Scottish Leaving Certificate Examination, 1960
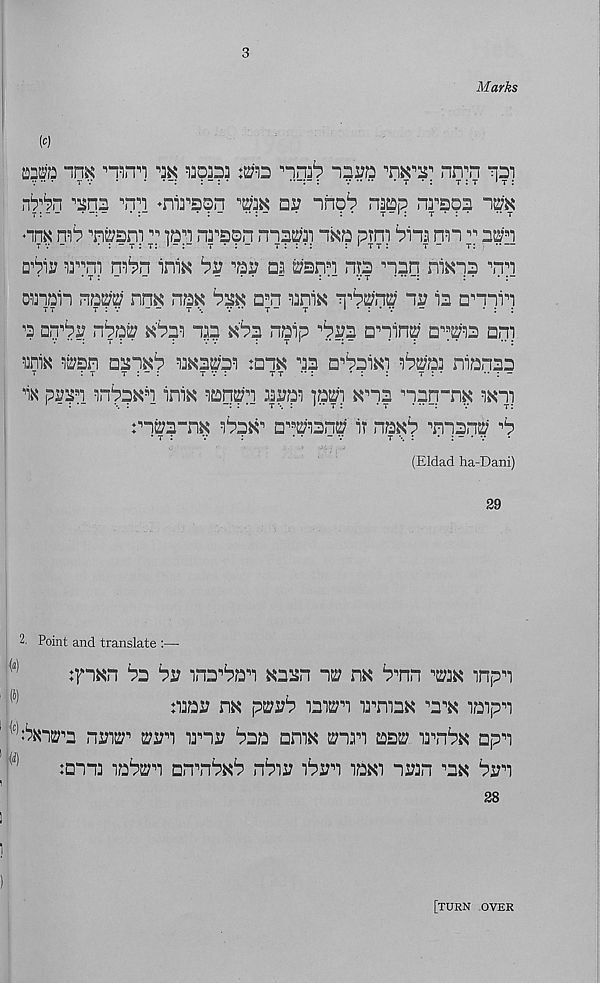
3
Marks
W
m im
^ 13032] iB hn3^ -nro
nn^n ^oi
n^n
♦ni3 i a?n ^5^ 02 “inp^ naop nrapa im
•inx
warn ^ pn n3 , aon moP3i nxa prm bina nn ^ zm
D^ir i3#ii nibn ini^ by pi? aa rann no non niKnp pn
0131011 r\m nm nax b^K D B n lani^ n B b™ ny io □"min
TT
T : V
T \
V *• T“
T
* * 3 * V
“
• 3 3
p oq"by nbpp ^'bpi nap ^'bp nap "byp □"ninp □" s pi3 oni
uniK io;sn aajn^b i3K2o;ai :an« np a"baiKi ib^aa nianaa
T
3 T
T 3 “ 3
T V 3
T T *• 3
* 3 3
T 3 ‘
" 3 -
ns pypn inbpKb ini^ laqpn aaypi pp) Kpa ppn-n3s wni
:"npp”n^ ibp^" a"pian^ it naxb pnpnp "b
(Eldad ha-Dani)
29
2. Point and translate :—
:pxn bp by inp"ban Kpasn no;
bmn "o;3K mpn
:iaay nx ptyyb iaio;"i ia"mpK b p"k aaipn
(c) bxip"p nyip" syyn i3"ny baa aniN man aasy i3",nbj< apn
:onn3 iabo;n aninbab nbiy ibyn iaKi nyan ox byn
28
[turn over